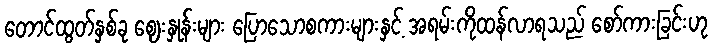
တောင်ထွတ်နှစ်ခု ဈေးနှုန်းများ ပြောသောစကားများနှင့် အရမ်းကိုထန်လာရသည် စော်ကားခြင်းဟု